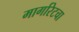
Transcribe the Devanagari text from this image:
मार्गारेटचा